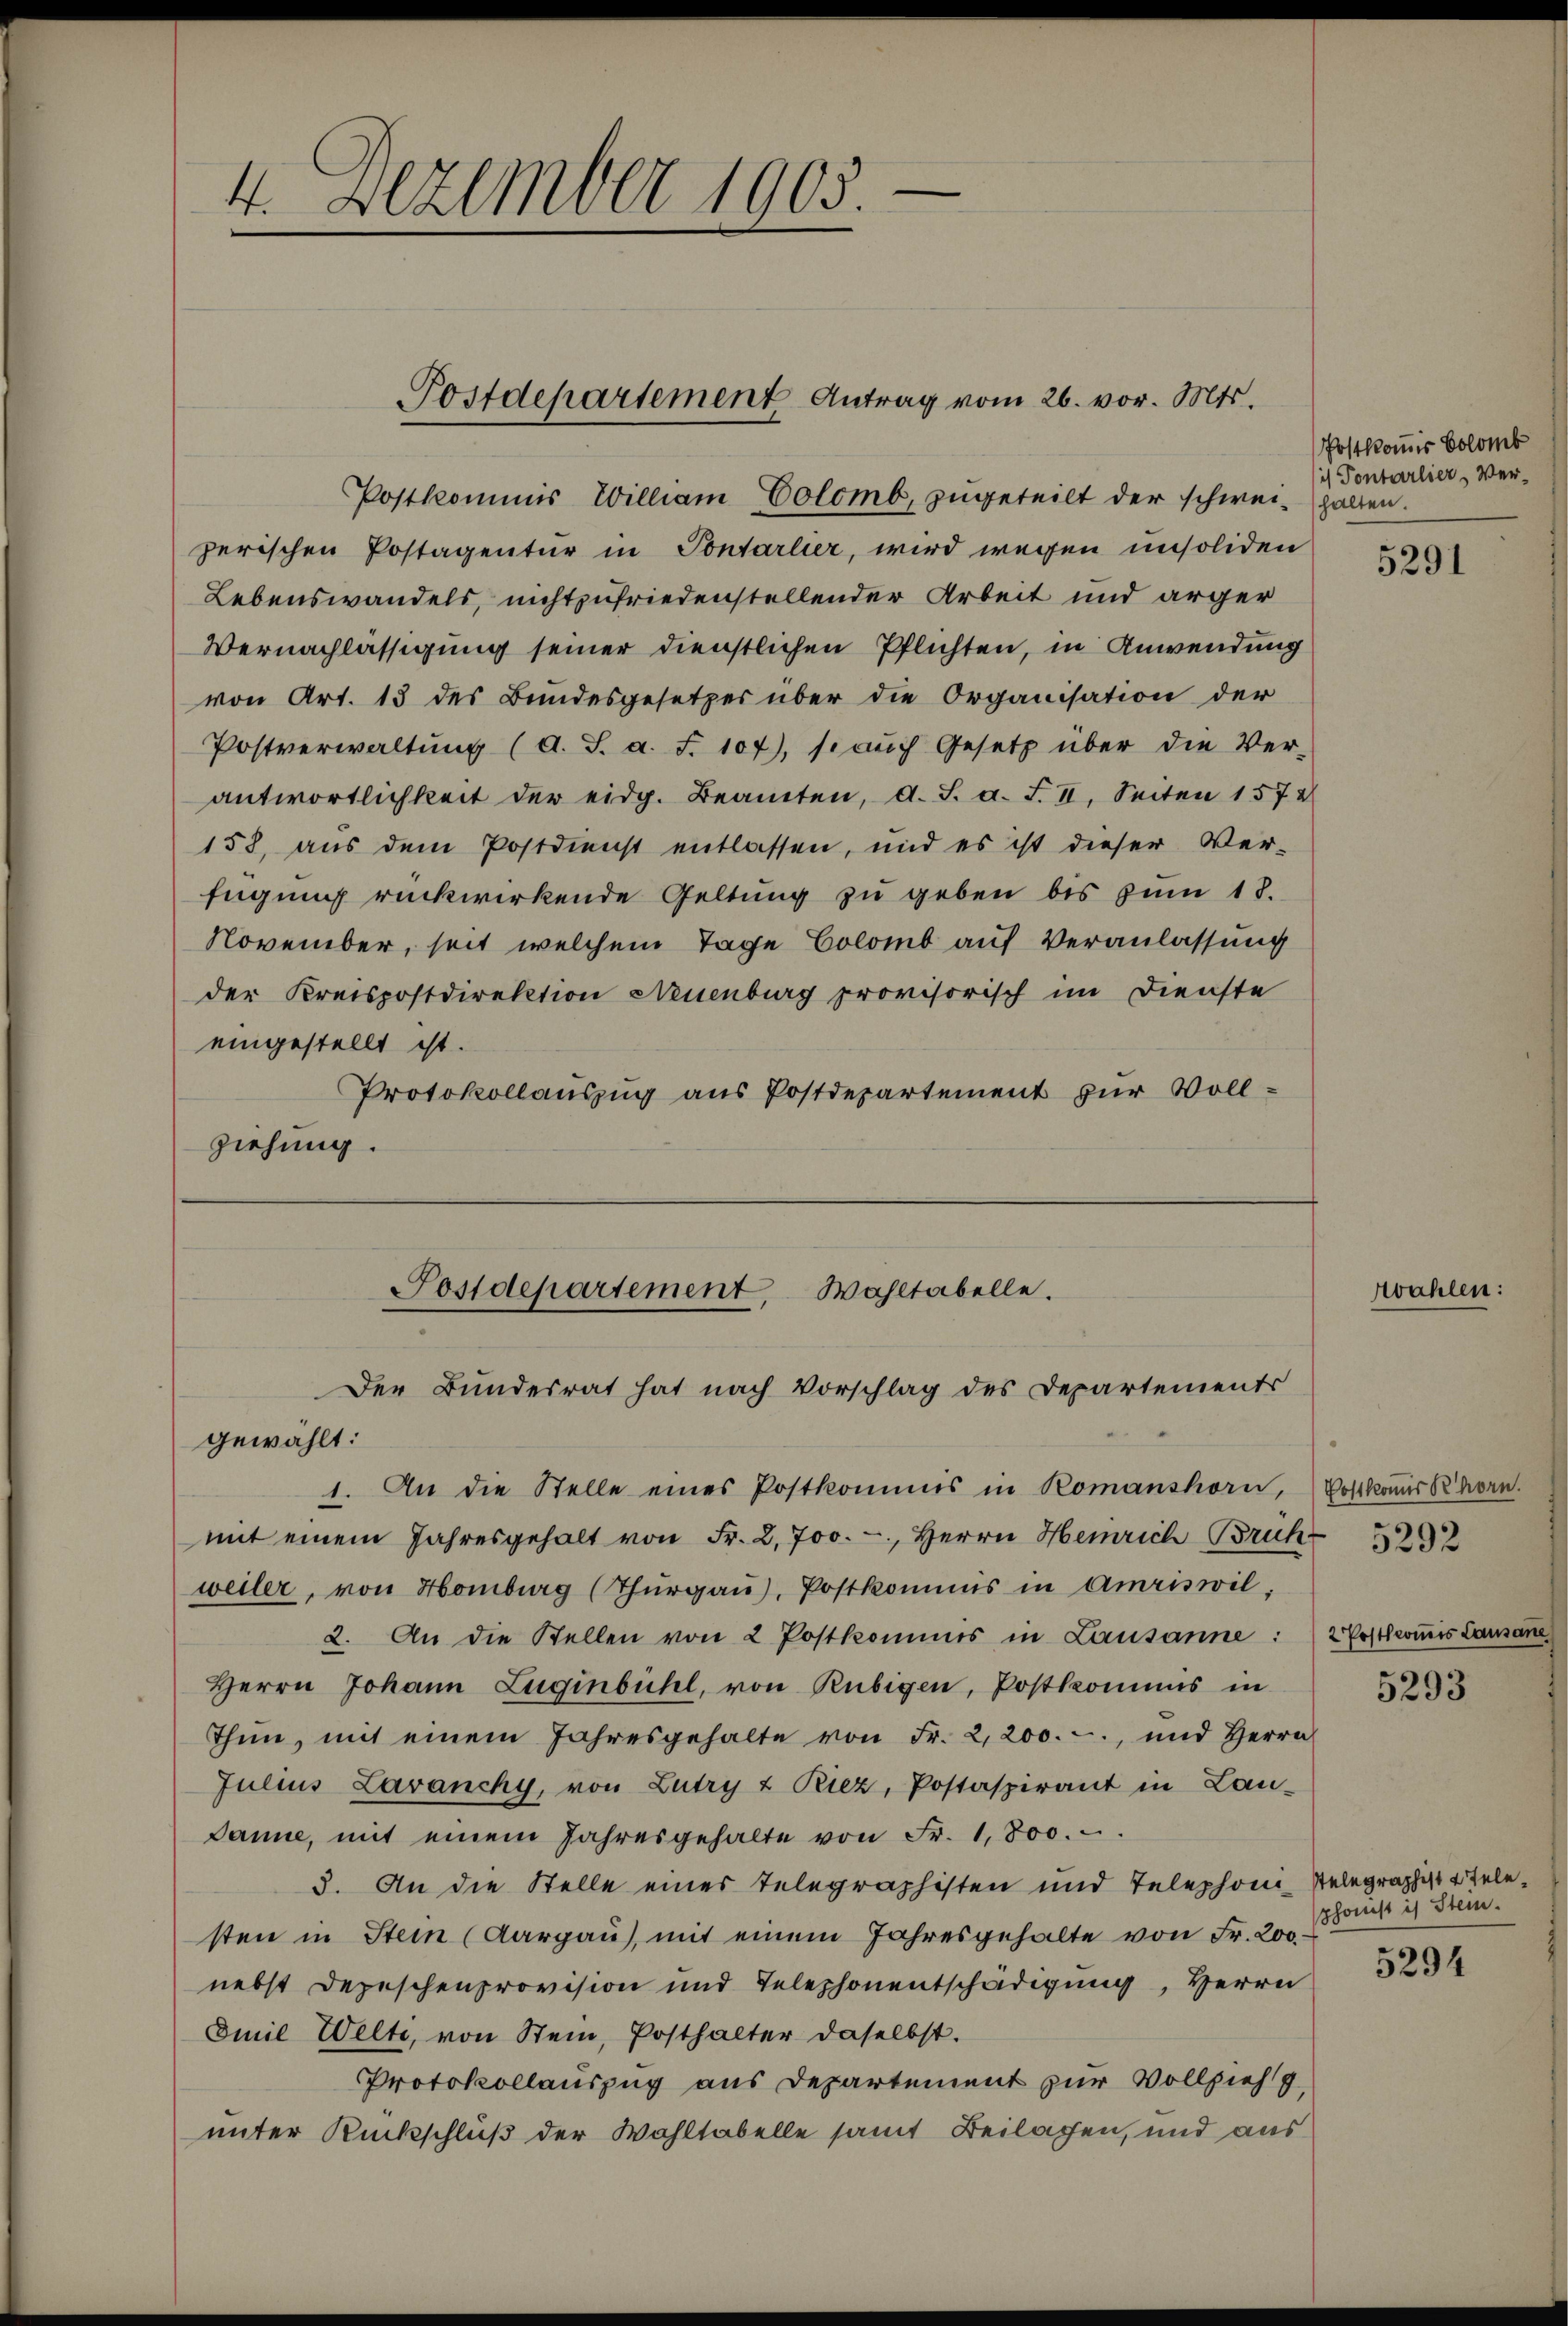
4. Dezember 1905.

zerischen Postagentur in Pontarlier, wird wegen unsoliden
Lebenswandels, nicht zufriedenstellender Arbeit und ärger
Vernachlässigung seiner dienstlichen Pflichten, in Anwendung
von Art. 13 des Bundesgesetzes über die Organisation der
Postverwaltŭng (d. J. a. f. 107), so aŭch Gesetz über die Ver-
antwortlichkeit der eidg. Beamten, d. S. a. F. II. Seiten 1572
158, aus dem Postdienst entlassen, und es ist dieser Ver-
fügung rückwirkende Geltung zu geben bis zum 18.
November, seit welchem Tage Colomb auf Veranlassung
der Kreispostdirektion Neuenburg provisorisch im Dienste
eingestellt ist.
Protokollauszug aus Postdepartement zur Vollziehung.

Postdepartement Antrag vom 26. vor. Mts.

Postkommis William Colomb, zugeteilt der schweihalten.

Postdepartement, Wahltabelle.
Der Bundesrat hat nach Vorschlag des Departements

gewählt:
1. An die Stelle eines Postkommis in Komanshorn, Postkoner Khorn.
mit einem Jahresgehalt von Fr. 2,700.-, Herrn Heinrich Bruch
weiler, von Homburg (Thŭrgaŭ), Postkommis in Amriswil,
2. An die Stellen von 2 Postkommis in Lausanne : 2 Postlcoṁis Lausanne
Herrn Johann Zuginbühl, von Rubigen, Postkommis in
Thun, mit einem Jahresgehalte von Fr. 2,200.-, und Herrn
Julius Lavanchy, von Lutry & Riez, Postaspirant in Lau-
Danne, mit einem Jahresgehalte von Fr. 1,800.
3. An die Stelle eines Telegraphisten und Telephoni Telegraphistotelesten in Stein (Aargau), mit einem Jahresgehalte von Fr. 200
nebst Depeschenprovision und Telephonentschädigung, Herrn
Emil Welti, von Stein, Posthalter daselbst.
Protokollauszug aus Departement zur Vollzieh
unter Rückschluß der Wohltabelle samt Beilagen, und aus

Postkommis Colomb
is Pontarlier, Ver¬

5291

zwahlen:

5293

phonist ist Stein.

5294